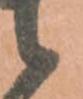
候